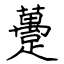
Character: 躉